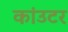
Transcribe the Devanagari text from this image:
कांउटर